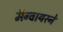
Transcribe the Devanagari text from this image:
मॅग्वायरने